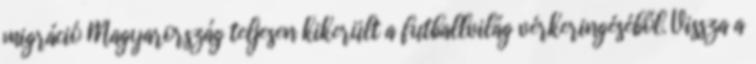
migráció Magyarország teljesen kikerült a futballvilág vérkeringéséből. Vissza a